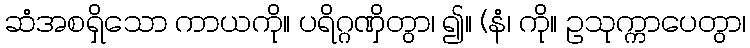
ဆံအစရှိသော ကာယကို။ ပရိဂ္ဂဏှိတွာ၊ ၍။ (နံ၊ ကို။ ဥသုက္ကာပေတွာ၊